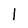
Character: 1